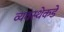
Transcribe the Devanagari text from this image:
व्यवस्थेकडे